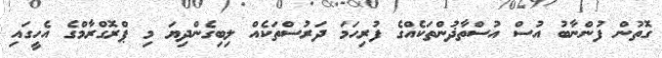
ގޮތުން ފުންނާބު އުސް އުސްތާޛުންތަކެއްގެ ފުރިހަމަ ދަރުސްތަކެއް ލިބިގެންދިޔަ މި ޕްރޮގްރާމްގެ އެހީގައި